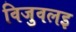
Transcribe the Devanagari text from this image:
विजुवलइ